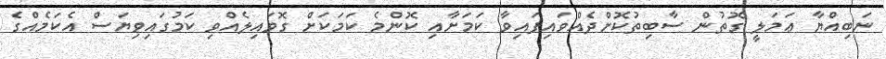
ނަބިއްޔާ ޢަމަލީ ގޮތުން ސާބިތުކޮށްދެއްވައިފައިވާ ކަމަށާއި ކޮންމެ ކަމަކަށް ގޮވައިލެއްވި ކަމުގައިވިޔަސް އެކަމެއްގެ